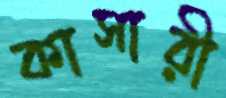
কাসারী